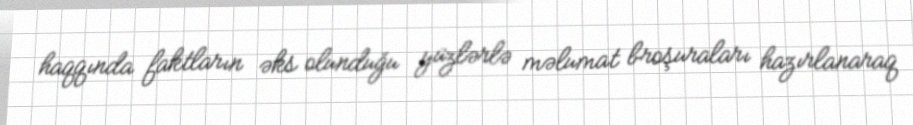
haqqında faktların əks olunduğu yüzlərlə məlumat broşuraları hazırlanaraq